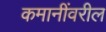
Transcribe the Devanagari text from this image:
कमानींवरील